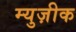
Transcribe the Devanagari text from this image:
म्युज़ीक